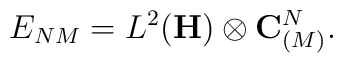
E_{NM}=L^2({\bf H})\otimes {\bf C}^N_{(M)}.